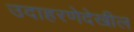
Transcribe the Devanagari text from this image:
उदाहरणेदेखील